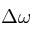
\Delta \omega